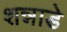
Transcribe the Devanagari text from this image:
शन्नाडे